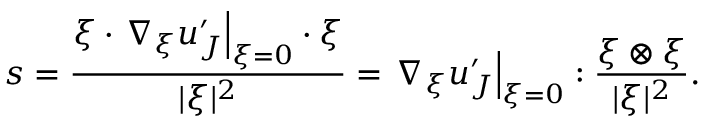
s = \frac { \boldsymbol { \xi } \cdot \left. \nabla _ { \boldsymbol { \xi } } \boldsymbol { u } _ { J } ^ { \prime } \right| _ { \boldsymbol { \xi } = 0 } \cdot \boldsymbol { \xi } } { | \boldsymbol { \xi } | ^ { 2 } } = \left. \nabla _ { \boldsymbol { \xi } } \boldsymbol { u } _ { J } ^ { \prime } \right| _ { \boldsymbol { \xi } = 0 } : \frac { \boldsymbol { \xi } \otimes \boldsymbol { \xi } } { | \boldsymbol { \xi } | ^ { 2 } } .